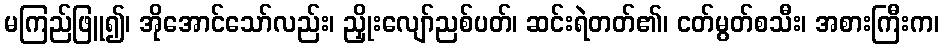
မကြည်ဖြူ၍၊ အိုအောင်သော်လည်း၊ ညှိုးလျော်ညစ်ပတ်၊ ဆင်းရဲတတ်၏၊ ငတ်မွတ်စသီး၊ အစားကြီးက၊